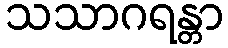
သသာဂရန္တာ